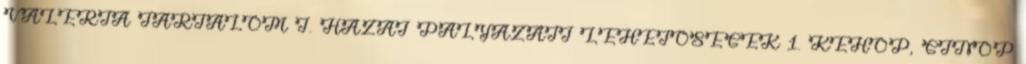
VALÉRIA TARTALOM I. HAZAI PÁLYÁZATI LEHETŐSÉGEK 1. KEHOP, GINOP